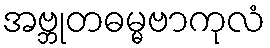
အဗ္ဘုတဓမ္မဗာကုလံ